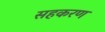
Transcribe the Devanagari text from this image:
सहकरण